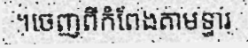
។ចេញពីកំពែងតាមទ្វារ